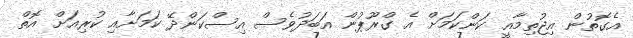
އެގޮތުން އިޖުތިމާއީ ކަންކަމަށް އެ ގްރޫޕުން އަބަދުވެސް އިސްކަންދޭ ކަމަށާއި ކުރިއަަށް އޮތް